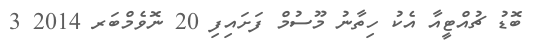
ބޮޑު ޗުއްޓީއާ އެކު ހިތާނު މޫސުމް ފަށައިފި 20 ނޮވެމްބަރ 2014 3